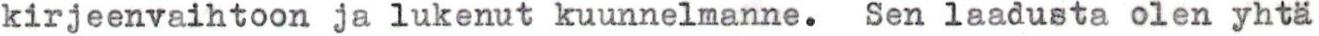
kirjeenvaihtoon ja lukenut kuunnelmanne. Sen laadusta olen yhtä